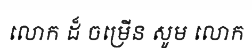
លោក ដ៏ ចម្រើន សូម លោក